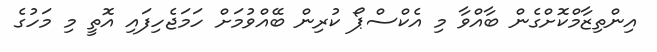
އިންތިޒާމްކޮށްގެން ބާއްވާ މި އެކްސްޕޯ ކުރިން ބޭއްވުމަށް ހަމަޖެހިފައި އޮތީ މި މަހުގެ